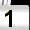
Digit: 1